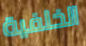
الخلفية